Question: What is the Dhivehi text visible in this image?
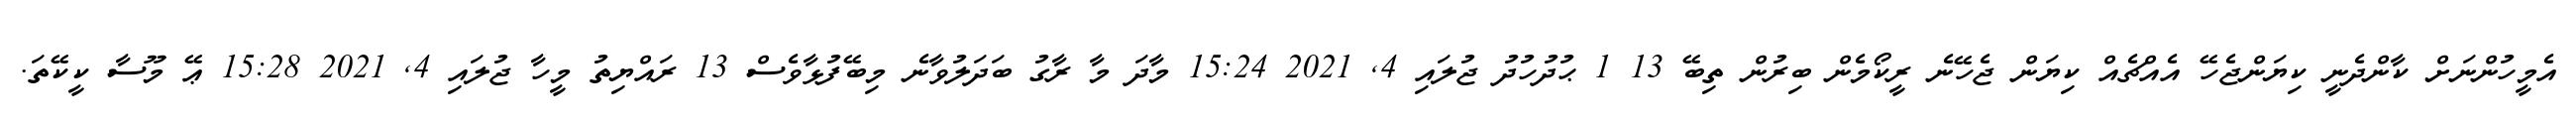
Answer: އެމީހުންނަށް ކާންދެނީ ކިޔަންޖެހޭ އެއްޗެއް ކިޔަން ޖެހޭނެ ރީކޯމެން ބިރުން ތިބޭ 13 1 ޙުދުހުދު ޖުލައި 4, 2021 15:24 މާދަ މާ ރާގު ބަދަލުވާނެ މިބޭފުޅާވެސް 13 ރައްޔިތު މީހާ ޖުލައި 4, 2021 15:28 ޢޭ މޫސާ ކީކޭތަ.